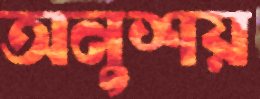
অনুশয়